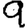
Digit: 9